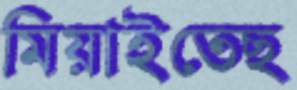
মিয়াইতেছ